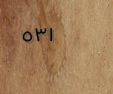
٥٣١